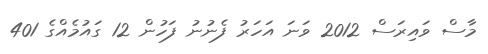
މާސް ވައިރަސް 2012 ވަނަ އަހަރު ފެނުނު ފަހުން 12 ގައުމެއްގެ 401